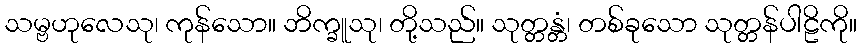
သမ္ဗဟုလေသု၊ ကုန်သော။ ဘိက္ခူသု၊ တို့သည်။ သုတ္တန္တံ၊ တစ်ခုသော သုတ္တန်ပါဠိကို။